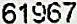
61967